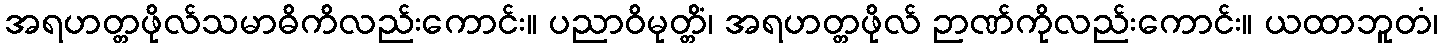
အရဟတ္တဖိုလ်သမာဓိကိလည်းကောင်း။ ပညာဝိမုတ္တိံ၊ အရဟတ္တဖိုလ် ဉာဏ်ကိုလည်းကောင်း။ ယထာဘူတံ၊